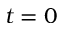
t = 0